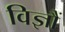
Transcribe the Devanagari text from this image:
विज्ञौं